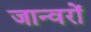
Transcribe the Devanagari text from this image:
जान्वरों